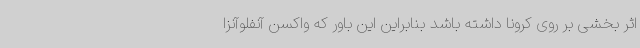
اثر بخشی بر روی کرونا داشته باشد بنابراین این باور که واکسن آنفلوآنزا